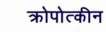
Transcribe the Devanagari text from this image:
क्रोपोत्कीन